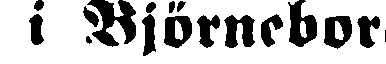
i Björneborg